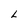
Character: L